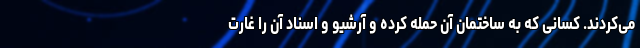
می‌کردند. کسانی که به ساختمان آن حمله کرده و آرشیو و اسناد آن را غارت